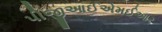
પીજીઆઈએમઈઆર